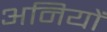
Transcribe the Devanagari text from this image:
अनियों